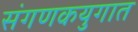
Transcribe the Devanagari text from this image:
संगणकयुगात